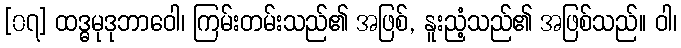
[၀၇] ထဒ္ဓမုဒုဘာဝေါ၊ ကြမ်းတမ်းသည်၏ အဖြစ်, နူးညံ့သည်၏ အဖြစ်သည်။ ဝါ၊